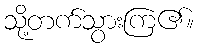
သို့တက်သွားကြ၏။